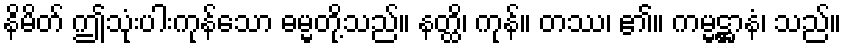
နိမိတ် ဤသုံးပါးကုန်သော ဓမ္မတို့သည်။ နတ္ထိ၊ ကုန်။ တဿ၊ ၏။ ကမ္မဋ္ဌာနံ၊ သည်။